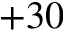
+ 3 0